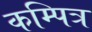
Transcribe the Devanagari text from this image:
कम्पित्र